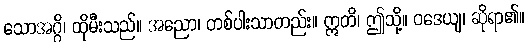
သောအဂ္ဂိ၊ ထိုမီးသည်။ အညော၊ တစ်ပါးသာတည်း။ ဣတိ၊ ဤသို့။ ဝဒေယျ၊ ဆိုရာ၏။